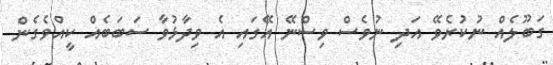
ގަބޫލެއް ނުކުރެވޭ އަދި ނުވެސް ވިސްނޭ އޭގައި އެ ވިދާޅުވާ ސަބަބެއް ކީއްވެގެން